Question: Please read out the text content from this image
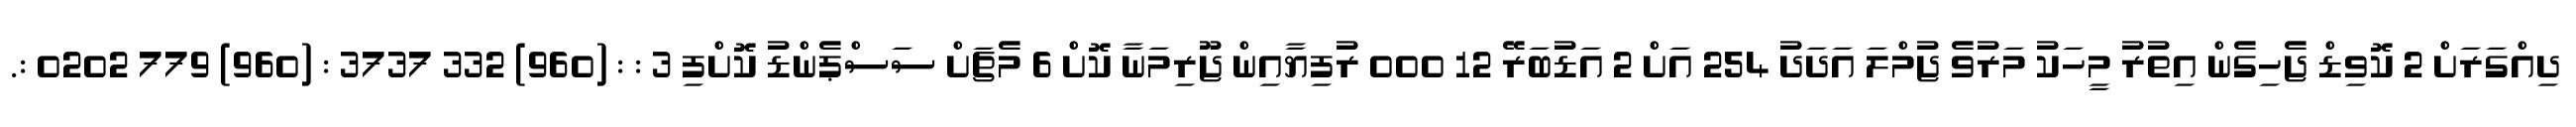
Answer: ދިއްގަރަށް 2 ކޮވިޑް ޖެހިގެން އިތުރު މީހަކު މަރުވެ ޖުމްލަ އަދަދު 254 އަށް 2 އަޑުބަރޭ 12 000 ރުފިޔާއިން ޖޫރިމަނާ ކޮށް 6 މެޗަށް ސަސްޕެންޑު ކޮށްފި 3 : : (960) 332 3737 : (960) 779 0202 :.